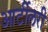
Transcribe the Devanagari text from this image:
आर्टीलरी